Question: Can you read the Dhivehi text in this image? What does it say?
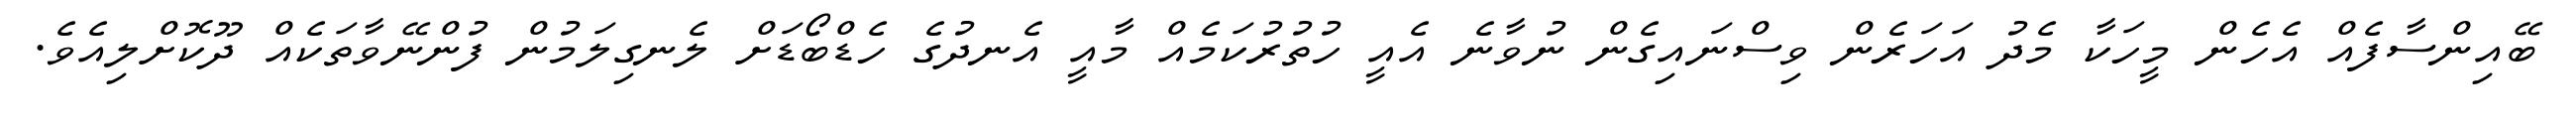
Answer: ބޭއިންސާފެއް އެހެން މީހަކާ މެދު އަހަރެން ވިސްނައިގެން ނުވާނެ އެއީ ހުތުރުކަމެއް މާއީ އެނދުގެ ހެޑްބޯޑަށް ލެނގިލަމުން ފުންނޭވާތަކެއް ދޫކޮށްލިއެވެ.